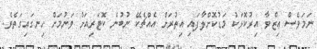
ނަމަވެސް ޢިޒްވާ އިރުކޮޅަކު މަޑުކޮށްލާފައި އިތުރަށް އެއްޗެކޭ ނުބުނެ ކޮޓަރިއަށް ވަނުމަށް ހިނގައިގަތެވެ.